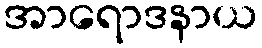
အာရောဒနာယ